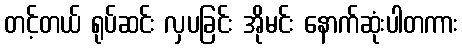
တင့်တယ် ရုပ်ဆင်း လှပခြင်း အိုမင်း နောက်ဆုံးပါတကား